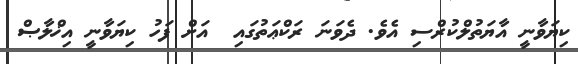
ކިޔަވާނީ އާޔަތުލްކުރްސި އެވެ. ދެވަނަ ރަކްޢަތުގައި  އަށް ފަހު ކިޔަވާނީ އިޚްލާޞް